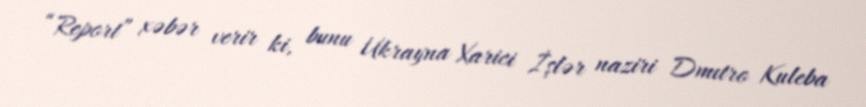
“Report” xəbər verir ki, bunu Ukrayna Xarici İşlər naziri Dmıtro Kuleba